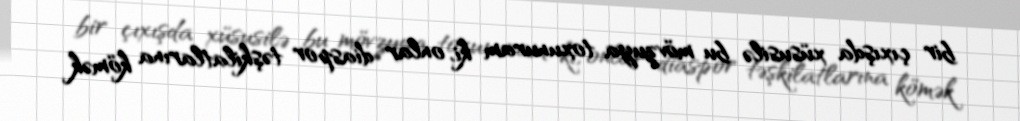
bir çıxışda xüsusilə bu mövzuya toxunuram ki, onlar diaspor təşkilatlarına kömək